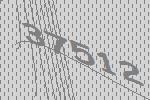
37512